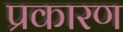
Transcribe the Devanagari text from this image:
प्रकारण